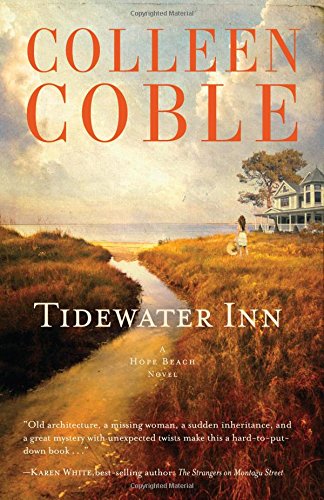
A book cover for Tidewater Inn (The Hope Beach Series); Colleen Coble; Romance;